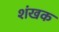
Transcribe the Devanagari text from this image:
शंखक